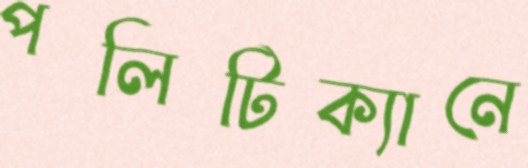
পলিটিক্যানে